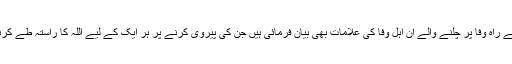
اس وعظ میں حضرت والا نے راہِ وفا پر چلنے والے ان اہلِ وفا کی علامات بھی بیان فرمائی ہیں جن کی پیروی کرنے پر ہر ایک کے لیے اللہ کا راستہ طے کرنے کی راہیں کھل جاتی ہیں۔